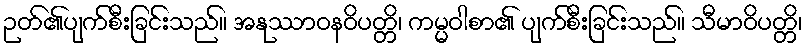
ဉတ်၏ပျက်စီးခြင်းသည်။ အနုဿာဝနဝိပတ္တိ၊ ကမ္မဝါစာ၏ ပျက်စီးခြင်းသည်။ သီမာဝိပတ္တိ၊